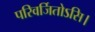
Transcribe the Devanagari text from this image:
परिवर्जितोऽसि।